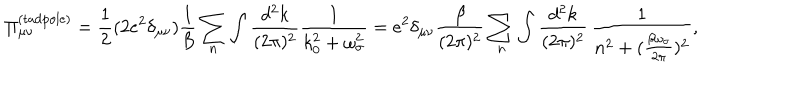
LaTeX: \Pi _ { \mu \nu } ^ { ( \mathrm { t a d p o l e } ) } = \frac { 1 } { 2 } ( 2 e ^ { 2 } \delta _ { \mu \nu } ) \frac { 1 } { \beta } \sum _ { n } \int \frac { d ^ { 2 } k } { ( 2 \pi ) ^ { 2 } } \frac { 1 } { k _ { 0 } ^ { 2 } + \omega _ { \sigma } ^ { 2 } } = e ^ { 2 } \delta _ { \mu \nu } \frac { \beta } { ( 2 \pi ) ^ { 2 } } \sum _ { n } \int \frac { d ^ { 2 } k } { ( 2 \pi ) ^ { 2 } } \, \frac { 1 } { n ^ { 2 } + ( \frac { \beta \omega _ { \sigma } } { 2 \pi } ) ^ { 2 } } ,